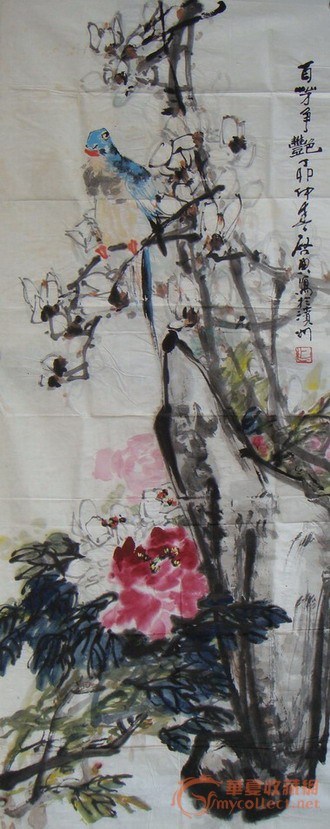
思亲堂上茱初插，忆妹窗前句乍裁。